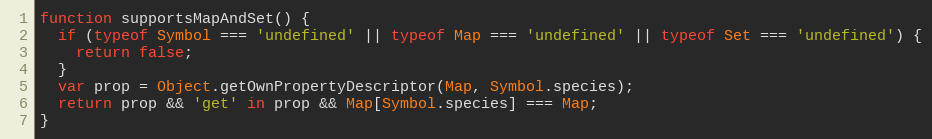
Language: JavaScript
function supportsMapAndSet() {
  if (typeof Symbol === 'undefined' || typeof Map === 'undefined' || typeof Set === 'undefined') {
    return false;
  }
  var prop = Object.getOwnPropertyDescriptor(Map, Symbol.species);
  return prop && 'get' in prop && Map[Symbol.species] === Map;
}